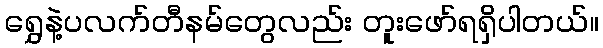
ရွှေနဲ့ပလက်တီနမ်တွေလည်း တူးဖော်ရရှိပါတယ်။